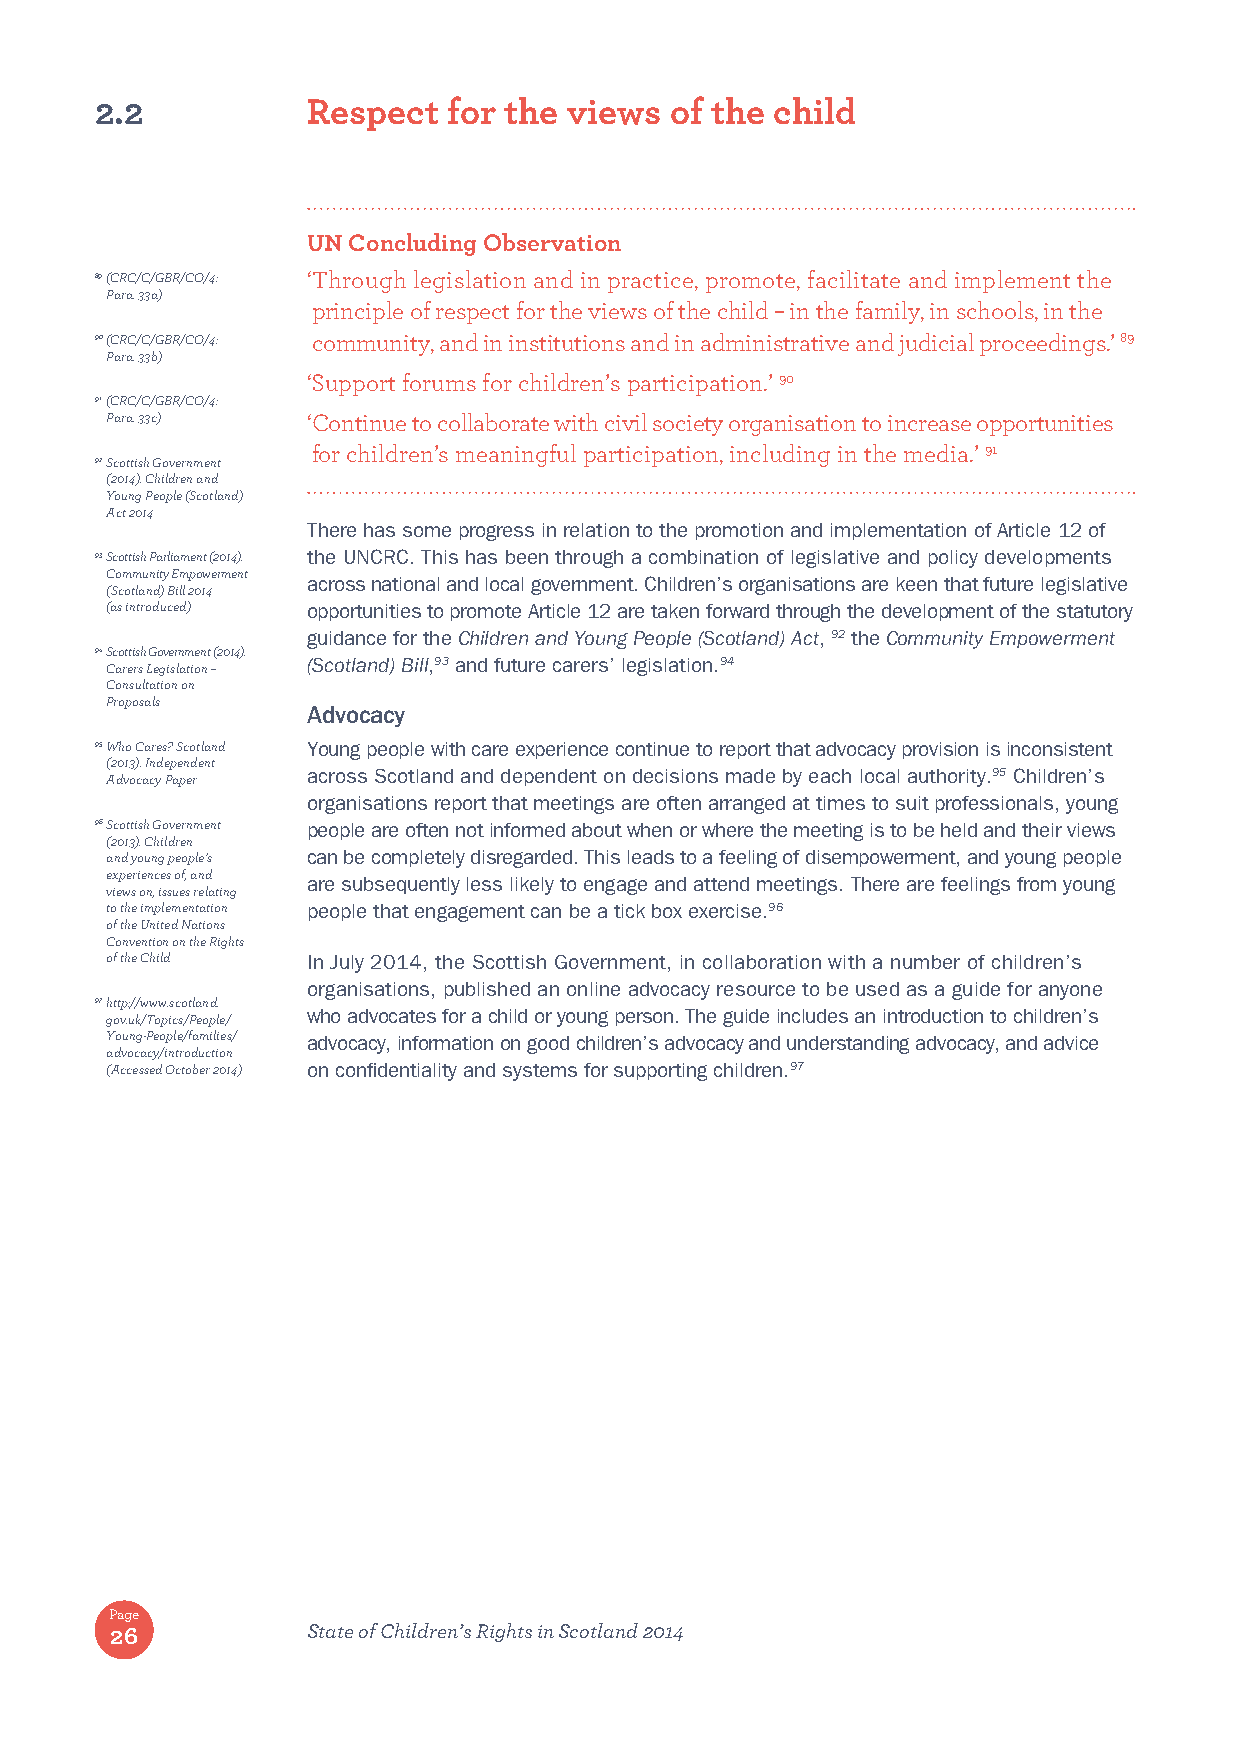
2.2           Respect   for the views of the child
 UN Concluding Observation
 89 (CRC/C/GBR/CO/4: ‘ Through legislation and in practice, promote, facilitate and implement the
 Para. 33a)
 principle of respect for the views of the child – in the family, in schools, in the
 90 (CRC/C/GBR/CO/4: community, and in institutions and in administrative and judicial proceedings.’ 89
 Para. 33b)
 ‘Support forums for children’s participation.’ 90
 91 (CRC/C/GBR/CO/4:
 Para. 33c)   ‘C ontinue to collaborate with civil society organisation to increase opportunities
 for children’s meaningful participation, including in the media.’ 91
 92 Scottish Government
 (2014). Children and
 Young People (Scotland)
 Act 2014
 There has some progress in relation to the promotion and implementation of Article 12 of
 93 Scottish Parliament (2014). the UNCRC. This has been through a combination of legislative and policy developments
 Community Empowerment
 across national and local government. Children’s organisations are keen that future legislative
 (Scotland) Bill 2014
 (as introduced) opportunities to promote Article 12 are taken forward through the development of the statutory
 guidance for the Children and Young People (Scotland) Act, 92 the Community Empowerment
 94 Scottish Government (2014).
 Carers Legislation – (Scotland) Bill,93 and future carers’ legislation.94
 Consultation on
 Proposals
 Advocacy
 95 Who Cares? Scotland Young people with care experience continue to report that advocacy provision is inconsistent
 (2013). Independent
 across Scotland and dependent on decisions made by each local authority.95 Children’s
 Advocacy Paper
 organisations report that meetings are often arranged at times to suit professionals, young
 96 Scottish Government people are often not informed about when or where the meeting is to be held and their views
 (2013). Children
 and young people’s can be completely disregarded. This leads to a feeling of disempowerment, and young people
 experiences of, and
 are subsequently less likely to engage and attend meetings. There are feelings from young
 views on, issues relating
 to the implementation people that engagement can be a tick box exercise.96
 of the United Nations
 Convention on the Rights
 of the Child In July 2014, the Scottish Government, in collaboration with a number of children’s
 organisations, published an online advocacy resource to be used as a guide for anyone
 97 http://www.scotland.
 gov.uk/Topics/People/ who advocates for a child or young person. The guide includes an introduction to children’s
 Young-People/families/ advocacy, information on good children’s advocacy and understanding advocacy, and advice
 advocacy/introduction
 (Accessed October 2014) on confidentiality and systems for supporting children.97
 Page
 26           State of Children’s Rights in Scotland 2014